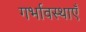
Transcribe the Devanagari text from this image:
गर्भावस्थाएँ